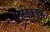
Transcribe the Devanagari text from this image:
प्रगंडिकाके